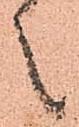
之